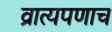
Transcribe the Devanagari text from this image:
व्रात्यपणाच